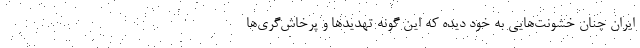
ایران چنان خشونت‌هایی به خود دیده که این گونه تهدید‌ها و پرخاش‌گری‌ها